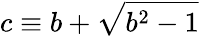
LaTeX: c\equiv b+\sqrt{b^{2}-1}